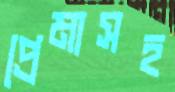
প্রেমাসহ